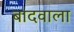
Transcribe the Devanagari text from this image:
बादवाला